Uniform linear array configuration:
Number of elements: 24
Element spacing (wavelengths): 1
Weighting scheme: cosine
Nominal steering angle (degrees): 60
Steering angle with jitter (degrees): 58.542
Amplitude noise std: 0.05
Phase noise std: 0.05

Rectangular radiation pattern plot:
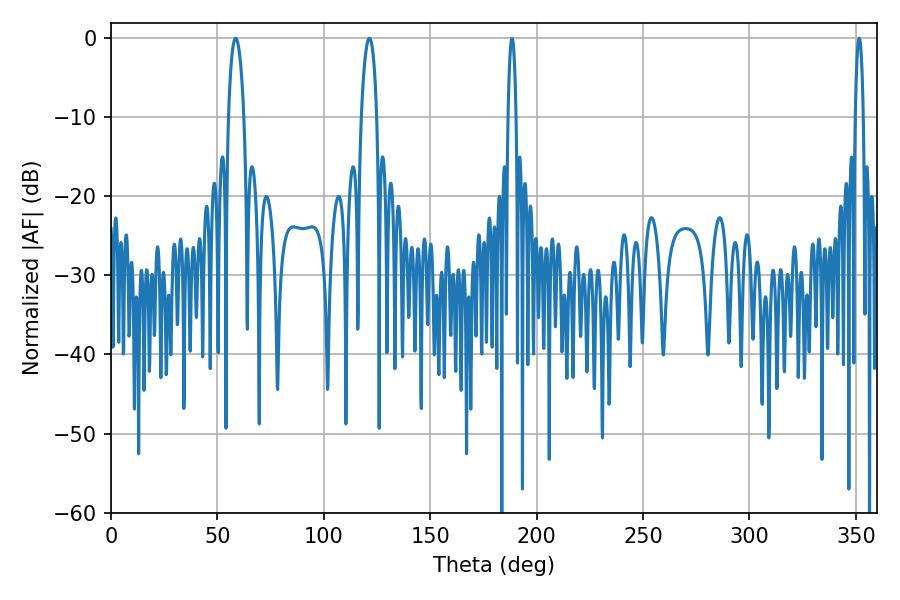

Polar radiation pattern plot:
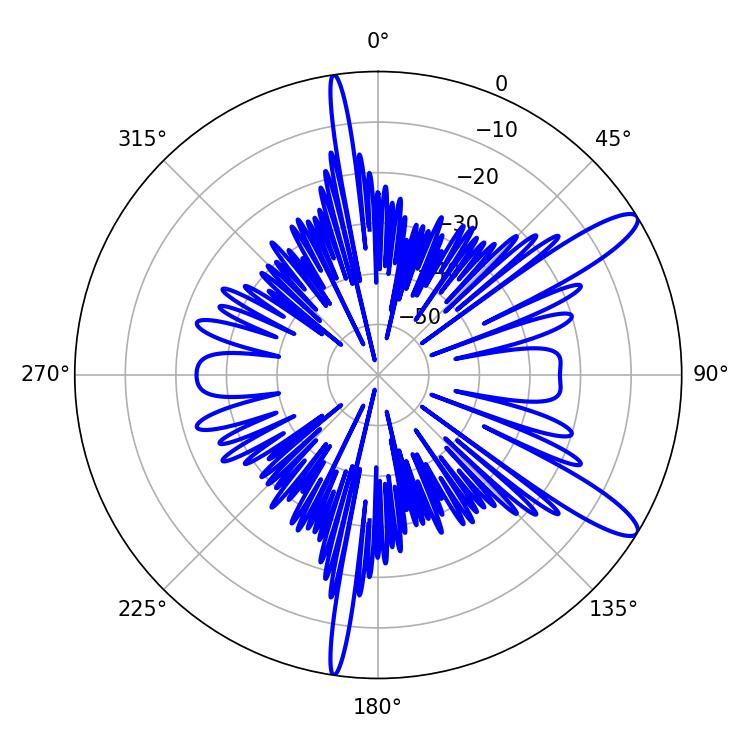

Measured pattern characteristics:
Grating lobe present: TRUE
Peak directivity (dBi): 12.107
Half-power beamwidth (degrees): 2.16
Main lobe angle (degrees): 188.46